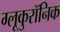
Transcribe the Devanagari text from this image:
ग्लूकुरॉनिक